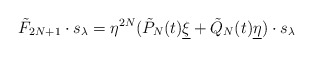
\begin{align*} \tilde{F}_{2N+1}\cdot s_\lambda = \eta^{2N}(\tilde{P}_N(t){\underline \xi}+\tilde{Q}_N(t) {\underline \eta} )\cdot s_\lambda \end{align*}